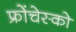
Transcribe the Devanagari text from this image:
फ्रोंचेस्को